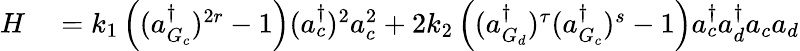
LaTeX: \begin{array}{rl}{H}&{{}=k_{1}\left((a_{G_{c}}^{\dagger})^{2r}-1\right)(a_{c}^{\dagger})^{2}a_{c}^{2}+2k_{2}\left((a_{G_{d}}^{\dagger})^{\tau}(a_{G_{c}}^{\dagger})^{s}-1\right)a_{c}^{\dagger}a_{d}^{\dagger}a_{c}a_{d}}\end{array}